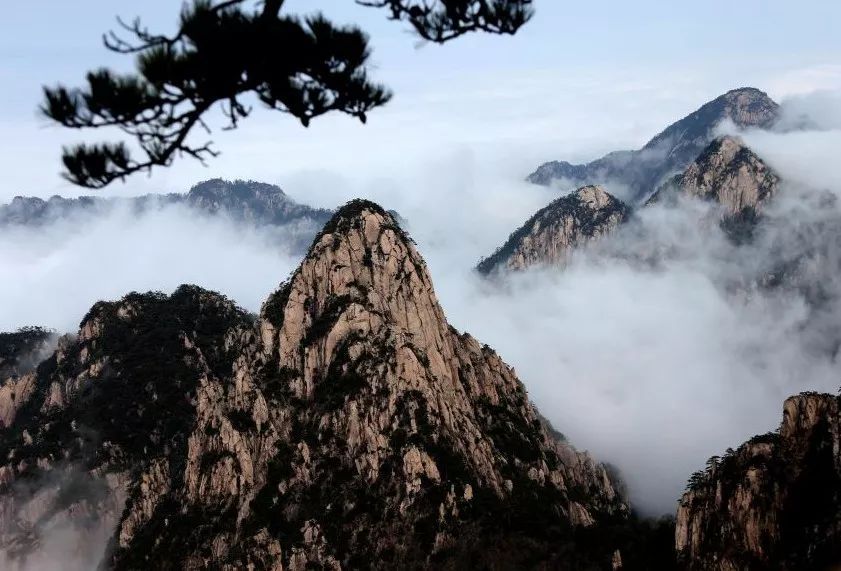
故国伤心，新亭泪眼，更洒潇潇雨。